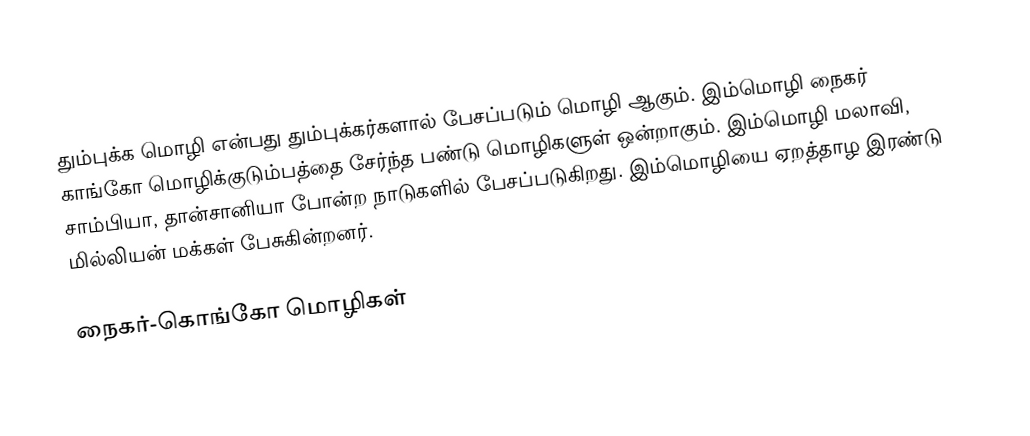
தும்புக்க மொழி என்பது தும்புக்கர்களால் பேசப்படும் மொழி ஆகும். இம்மொழி நைகர் காங்கோ மொழிக்குடும்பத்தை சேர்ந்த பண்டு மொழிகளுள் ஒன்றாகும். இம்மொழி மலாவி, சாம்பியா, தான்சானியா போன்ற நாடுகளில் பேசப்படுகிறது. இம்மொழியை ஏறத்தாழ இரண்டு மில்லியன் மக்கள் பேசுகின்றனர்.

நைகர்-கொங்கோ மொழிகள்